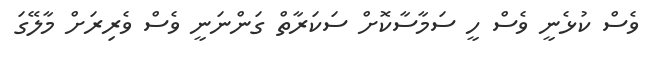
ވެސް ކުޅެނީ ވެސް ހީ ސަމާސާކޮށް ސަކަރާތް ގަންނަނީ ވެސް ވެރިރަށް މާލޭގަ